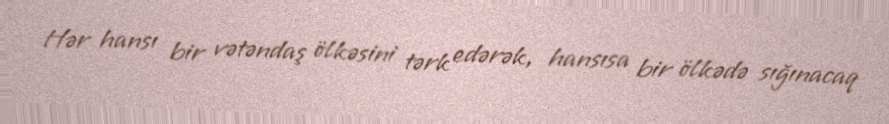
Hər hansı bir vətəndaş ölkəsini tərk edərək, hansısa bir ölkədə sığınacaq